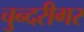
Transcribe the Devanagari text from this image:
चुन्दरीगर